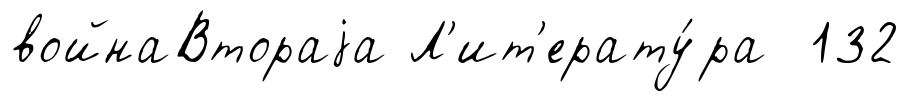
войнаВтораjа Л'ит'ерату́ра 132